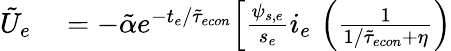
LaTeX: \begin{array}{rl}{\tilde{U}_{e}}&{{}=-\tilde{\alpha}e^{-t_{e}/\tilde{\tau}_{econ}}\Big[\frac{\psi_{s,e}}{s_{e}}i_{e}\, \left(\frac{1}{1/\tilde{\tau}_{econ}+\eta}\right)}\end{array}